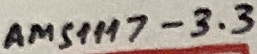
Text: AMS1117-3.3